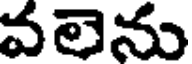
వలెను